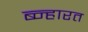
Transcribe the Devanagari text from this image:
ब्न्हारत